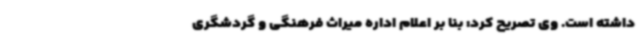
داشته است. وی تصریح کرد: بنا بر اعلام اداره میراث فرهنگی و گردشگری